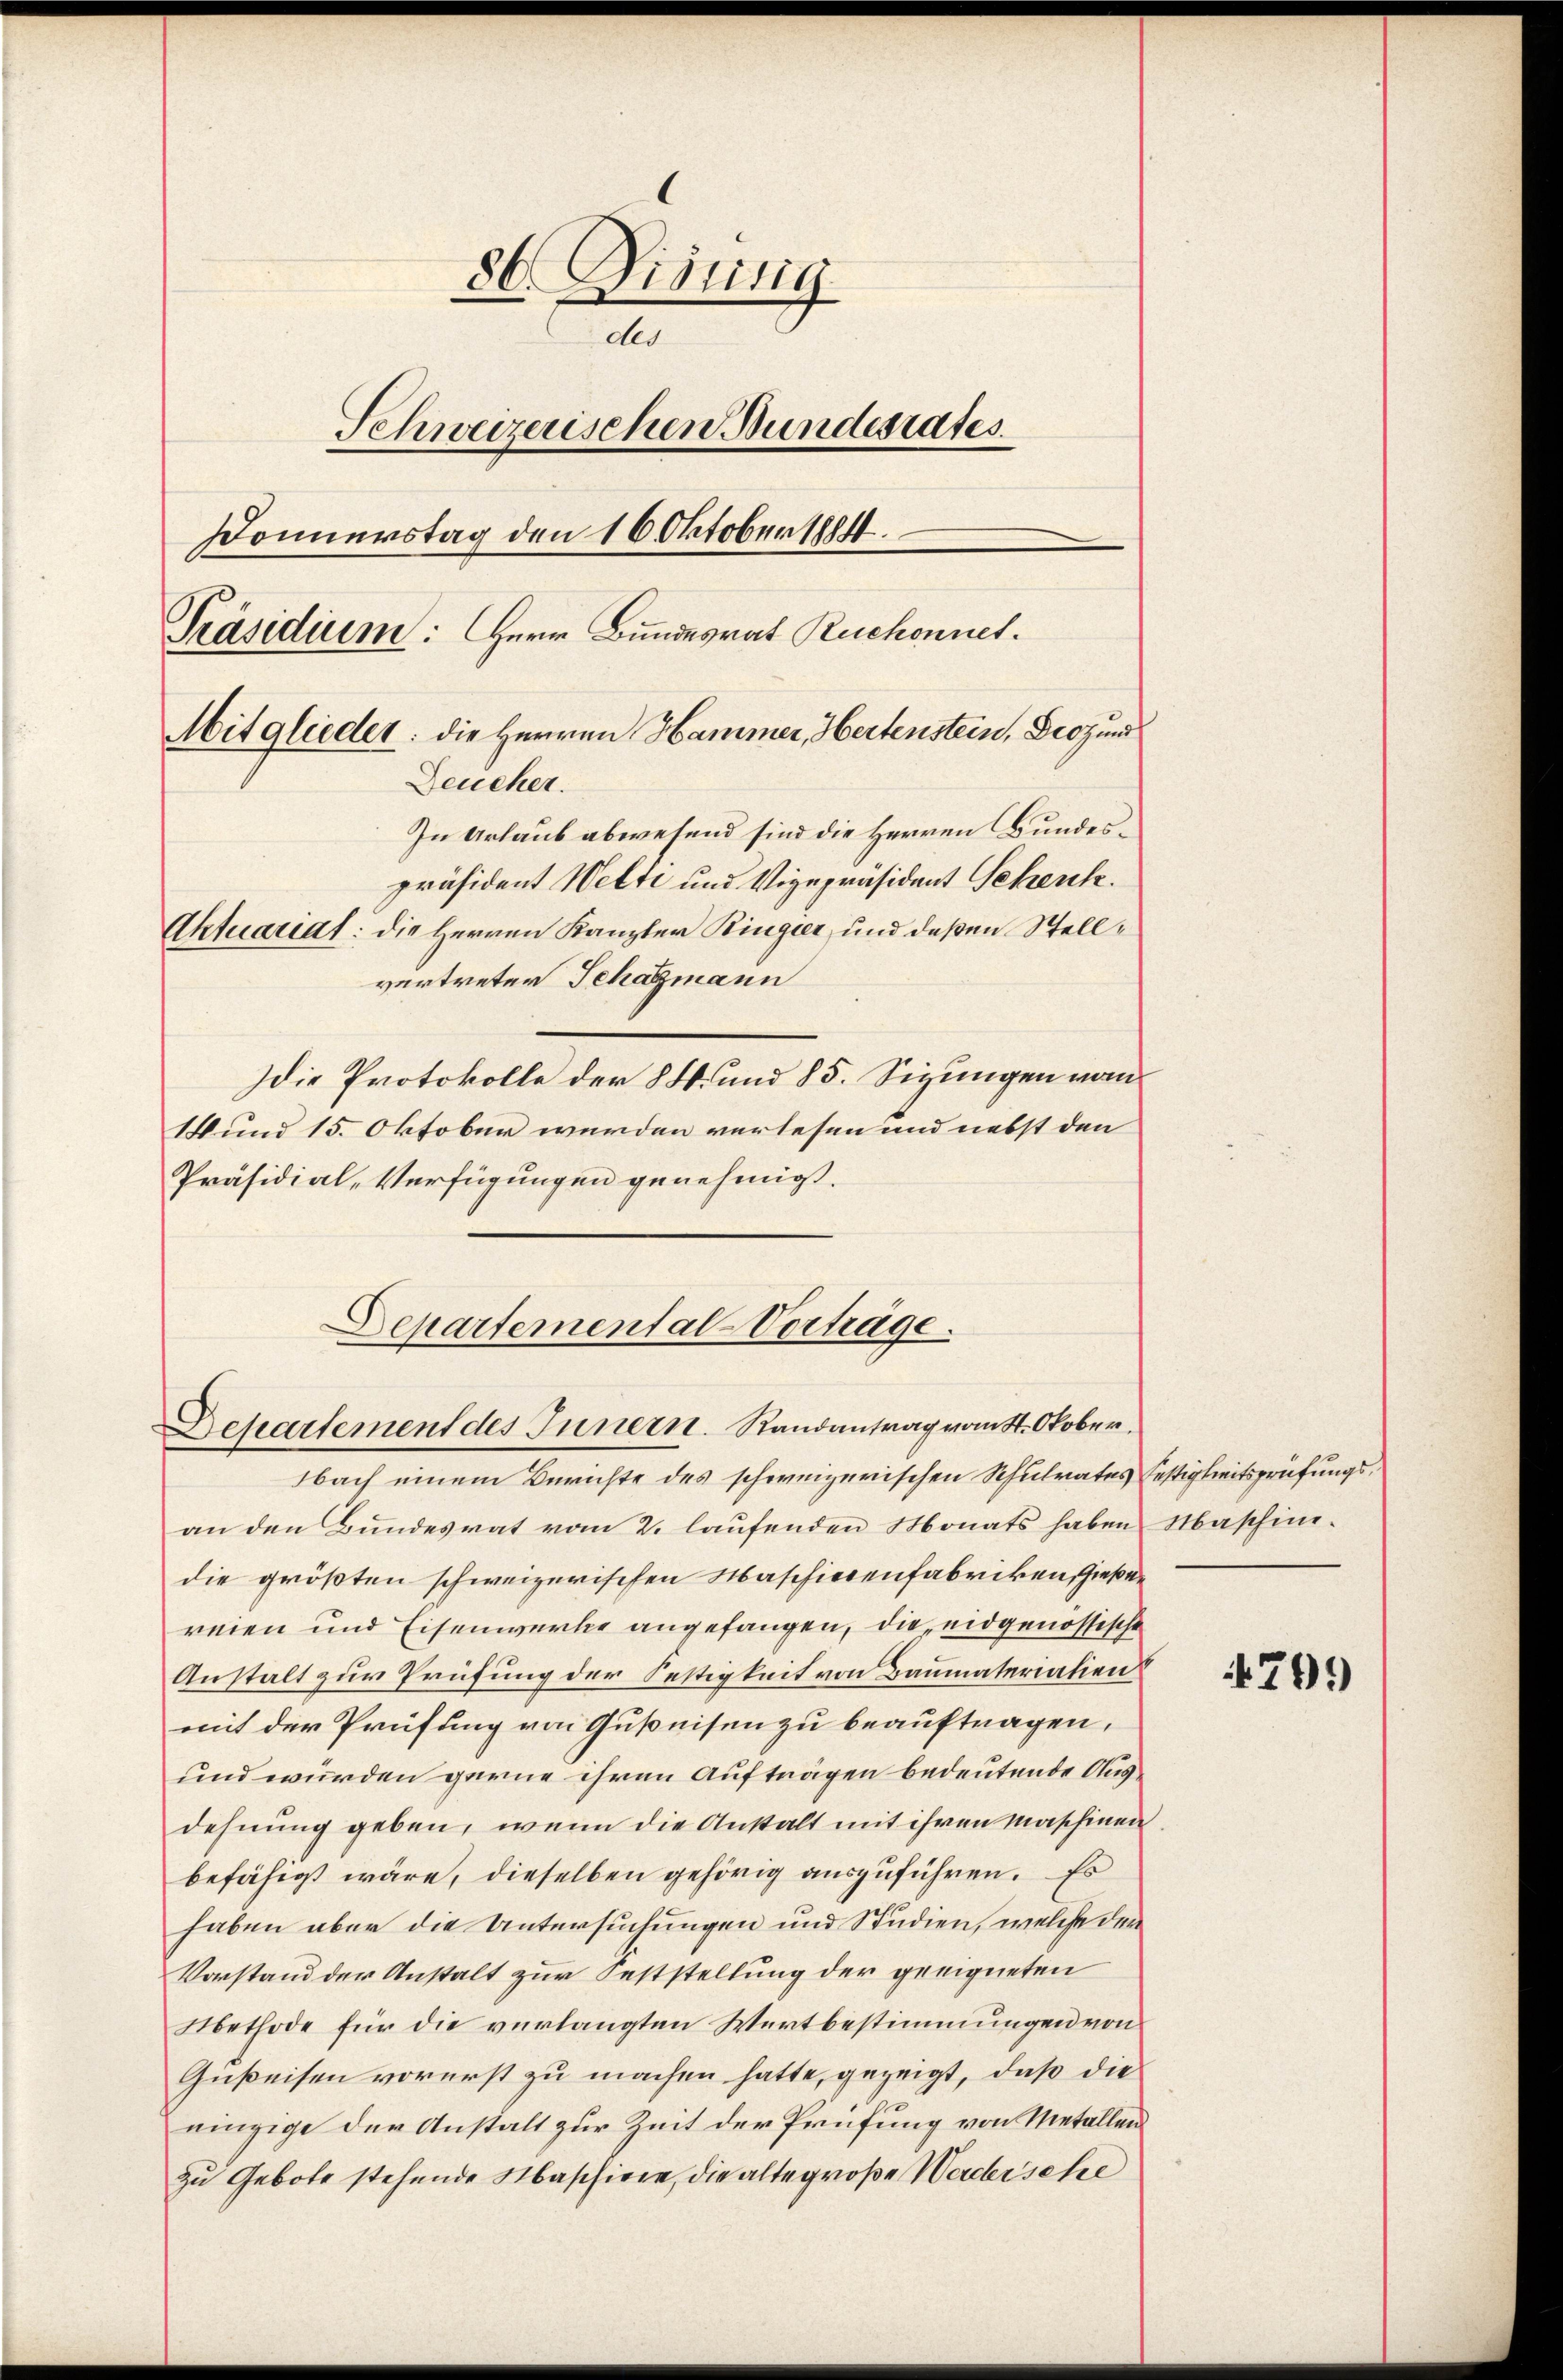
86. Diesig
do
Schweizerischen Bundesrates.
Donnerstag den 16 Oktobers
Präsidium: Herr Bundesrat Ruchonnes.
Mitglieder: die Herren Hammer, Hertenstein, Droz und
Deucher.
In Urlaub abwesend sind die Herren Bundespräsident Welti und Vizepräsident Schenk.
Aktuariat: die Herren Kanzler Ringier, und deßen Stellvertreten Schagmann

die Protokolle der § 4. und 85. Sizungen vom
14 und 15. Oktober werden verlesen und nebst den
Präsidial-Verfügungen genehmigt.
Separtemental-Vortrage.

Departement des Innern. Randantrag vom 4. Okober

bach einem Berichte des schweizerischen Schulrates Festigkeitsprüfungsan den Bundesrat vom 2. laufenden Monats haben Maschinidie größten schweizerischen Maschiedenfabriken, Gießen
reien und Eisenwerke angefangen, die eidgenössische
Anstalt zur Prüfung der Festigkeit von Baumaterialien
mit der Prüfung von Guspeisen zu beauftragen,
und würden gerne ihren Aufträgen bedeutende Ausdehnung geben, wenn die Anstalt mit ihren Maschinen.
befähigt wäre, dieselben gehörig auszuführen. Es
haben aber die Untersuchungen und Studien, welche der
Vorstand der Anstalt zur Feststellung der geeigneten
Methode für die verlangten Wertbestimmungen von
Gießeisen vorerst zu machen hatte, gezeigt, daß die
einzige der Anstalt zur Zeit der Prüfung von Metallen
zu Gebote stehende Maschiere, die alte große Werdersehe

4799